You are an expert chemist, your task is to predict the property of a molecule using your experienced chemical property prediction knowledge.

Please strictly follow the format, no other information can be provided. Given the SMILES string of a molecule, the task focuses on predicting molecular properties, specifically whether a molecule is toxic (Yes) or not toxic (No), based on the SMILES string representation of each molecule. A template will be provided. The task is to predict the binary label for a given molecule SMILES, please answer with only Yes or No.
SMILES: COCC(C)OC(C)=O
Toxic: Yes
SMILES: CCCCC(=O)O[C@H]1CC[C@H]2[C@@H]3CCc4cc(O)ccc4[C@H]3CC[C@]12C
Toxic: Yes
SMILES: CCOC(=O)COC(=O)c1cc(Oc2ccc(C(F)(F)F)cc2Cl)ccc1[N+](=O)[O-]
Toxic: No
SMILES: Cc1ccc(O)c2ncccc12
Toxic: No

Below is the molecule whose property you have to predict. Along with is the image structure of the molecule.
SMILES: O=C(Cl)c1cc(C(=O)Cl)cc(C(=O)Cl)c1
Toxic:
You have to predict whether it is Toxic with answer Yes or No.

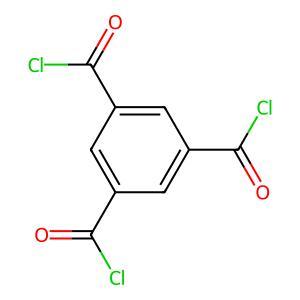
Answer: No